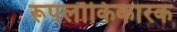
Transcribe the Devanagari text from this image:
रूपलौकिकारक